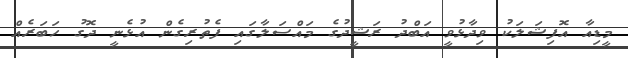
މީޑިއާ އޮފިޝަލަކު ވިދާޅުވީ އަބްދު ރަޝީދުގެ މައްސަލާގައި ފެތުރިގެން އުޅެނީ ދޮގު ހަބަރެއް